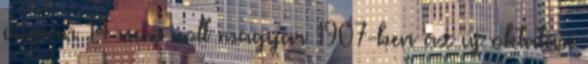
csupán 14 nem volt magyar 1907-ben az új oktatási